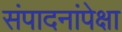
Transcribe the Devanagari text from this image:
संपादनांपेक्षा